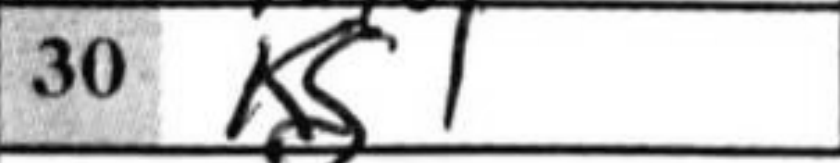
Transcription: Kg1